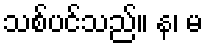
သစ်ပင်သည်။ န၊ မ